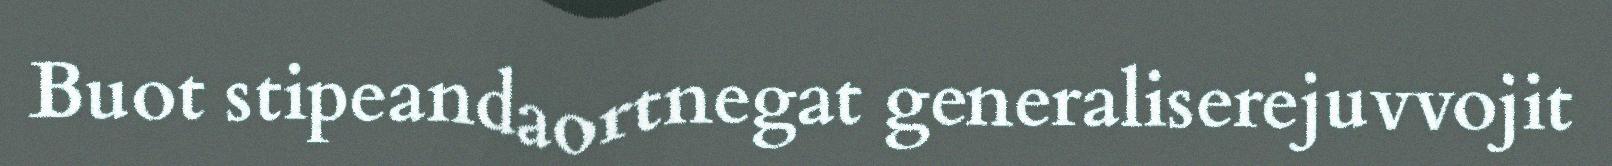
Buot stipeandaortnegat generaliserejuvvojit